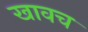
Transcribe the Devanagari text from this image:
खावच